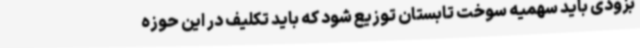
بزودی باید سهمیه سوخت تابستان توزیع شود که باید تکلیف در این حوزه